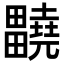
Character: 𤴀